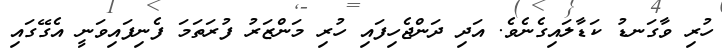
ހުރި ވާގަނޑު ކަޑާލައިގެނެވެ. އަދި ދަންޖެހިފައި ހުރި މަންޒަރު ފުރަތަމަ ފެނިފައިވަނީ އެގޭގައި